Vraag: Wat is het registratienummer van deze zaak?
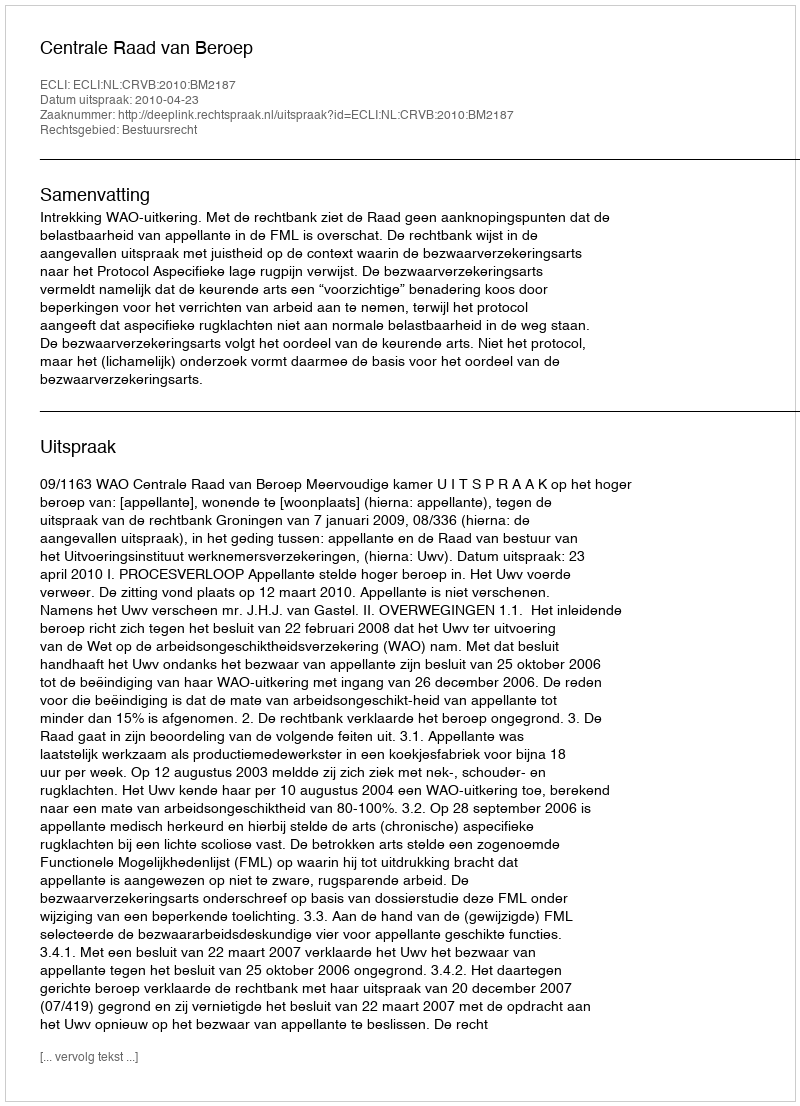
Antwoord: http://deeplink.rechtspraak.nl/uitspraak?id=ECLI:NL:CRVB:2010:BM2187